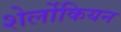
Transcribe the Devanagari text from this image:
शेर्लोकियन